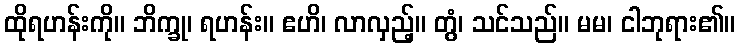
ထိုရဟန်းကို။ ဘိက္ခု၊ ရဟန်း။ ဧဟိ၊ လာလှည့်။ တွံ၊ သင်သည်။ မမ၊ ငါဘုရား၏။